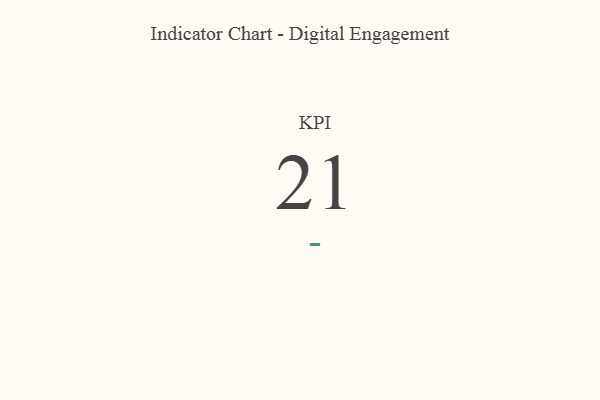
{"axis": {"x": "KPI", "y": "Value"}, "legend": [""], "data": [{"x": "KPI", "y": 21, "type": ""}]}